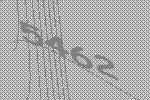
5462